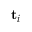
\mathbf { t } _ { i }